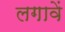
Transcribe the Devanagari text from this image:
लगावें